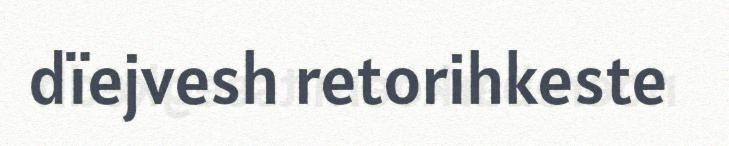
dïejvesh retorihkeste